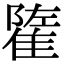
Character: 𨿭